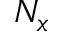
N _ { x }